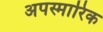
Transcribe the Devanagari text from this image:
अपस्मारिक